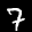
Label: 7